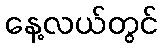
နေ့လယ်တွင်